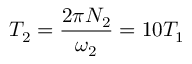
T _ { 2 } = \frac { 2 \pi N _ { 2 } } { \omega _ { 2 } } = 1 0 T _ { 1 }